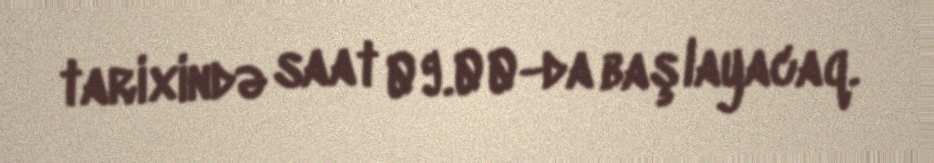
tarixində saat 09.00-da başlayacaq.